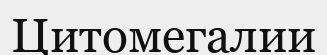
Цитомегалии